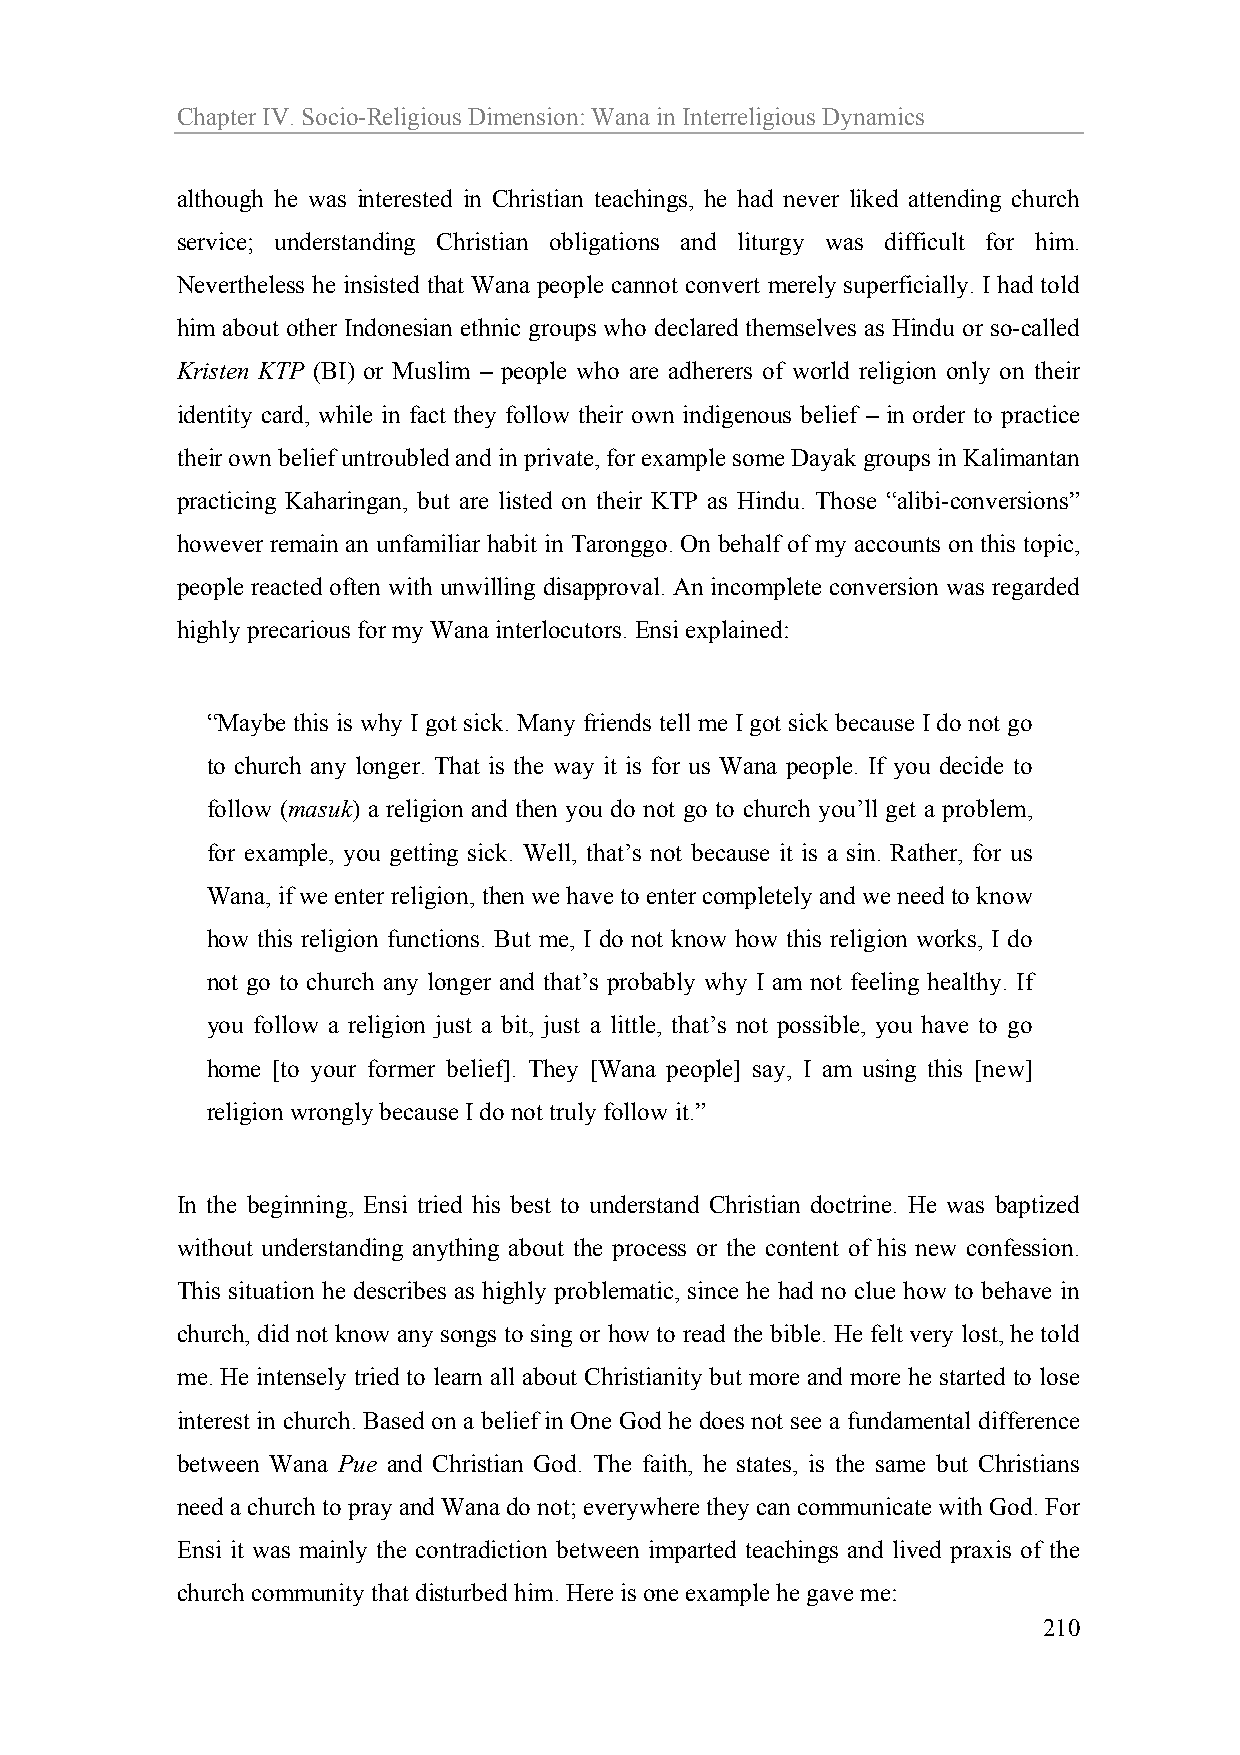
Chapter IV. Socio-Religious Dimension: Wana in Interreligious Dynamics
 although he was interested in Christian teachings, he had never liked attending church
 service; understanding Christian obligations and liturgy was difficult for him.
 Nevertheless he insisted that Wana people cannot convert merely superficially. I had told
 him about other Indonesian ethnic groups who declared themselves as Hindu or so-called
 Kristen KTP (BI) or Muslim – people who are adherers of world religion only on their
 identity card, while in fact they follow their own indigenous belief – in order to practice
 their own belief untroubled and in private, for example some Dayak groups in Kalimantan
 practicing Kaharingan, but are listed on their KTP as Hindu. Those “alibi-conversions”
 however remain an unfamiliar habit in Taronggo. On behalf of my accounts on this topic,
 people reacted often with unwilling disapproval. An incomplete conversion was regarded
 highly precarious for my Wana interlocutors. Ensi explained:
 “Maybe this is why I got sick. Many friends tell me I got sick because I do not go
 to church any longer. That is the way it is for us Wana people. If you decide to
 follow (masuk) a religion and then you do not go to church you’ll get a problem,
 for example, you getting sick. Well, that’s not because it is a sin. Rather, for us
 Wana, if we enter religion, then we have to enter completely and we need to know
 how this religion functions. But me, I do not know how this religion works, I do
 not go to church any longer and that’s probably why I am not feeling healthy. If
 you follow a religion just a bit, just a little, that’s not possible, you have to go
 home [to your former belief]. They [Wana people] say, I am using this [new]
 religion wrongly because I do not truly follow it.”
 In the beginning, Ensi tried his best to understand Christian doctrine. He was baptized
 without understanding anything about the process or the content of his new confession.
 This situation he describes as highly problematic, since he had no clue how to behave in
 church, did not know any songs to sing or how to read the bible. He felt very lost, he told
 me. He intensely tried to learn all about Christianity but more and more he started to lose
 interest in church. Based on a belief in One God he does not see a fundamental difference
 between Wana Pue and Christian God. The faith, he states, is the same but Christians
 need a church to pray and Wana do not; everywhere they can communicate with God. For
 Ensi it was mainly the contradiction between imparted teachings and lived praxis of the
 church community that disturbed him. Here is one example he gave me:
 210